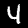
Label: 4